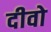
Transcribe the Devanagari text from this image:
दीवो